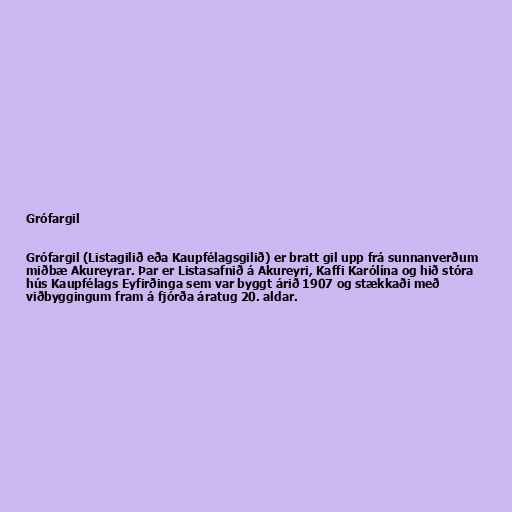
Grófargil

Grófargil (Listagilið eða Kaupfélagsgilið) er bratt gil upp frá sunnanverðum
miðbæ Akureyrar. Þar er Listasafnið á Akureyri, Kaffi Karólína og hið stóra
hús Kaupfélags Eyfirðinga sem var byggt árið 1907 og stækkaði með
viðbyggingum fram á fjórða áratug 20. aldar.